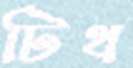
টিথ